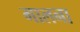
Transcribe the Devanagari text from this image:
गालना